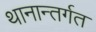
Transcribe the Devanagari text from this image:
थानान्तर्गत